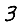
Digit: 3